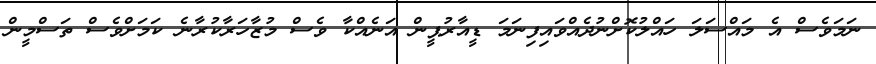
ނަމަވެސް އެ މައްސަލަ ހައްލުކޮށްނުދެއްވައިފިނަމަ ޑީއާރުޕީން އަނެއްކާ ވެސް މުޒާހަރާކުރާނެ ކަމަށްވެސް ތަސްމީން